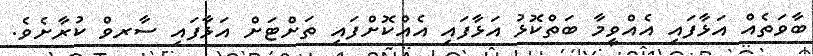
ބާވަތެއް އަޅާފައި އެއްވީމާ ބަތްކޮޅު އަޅާފައި އެއްކޮށްފައި ތަށްޓަށް އަޅާފައި ސާރވް ކުރާށެވެ.